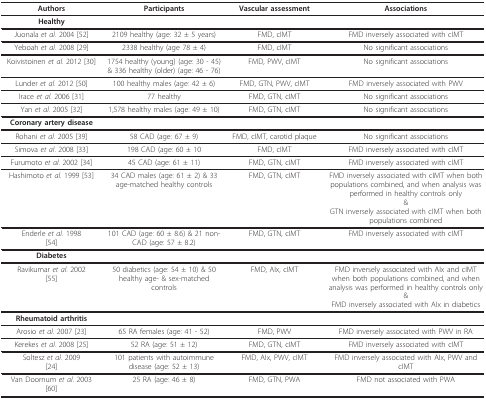
<table><thead><tr><td><b>Authors</b></td><td><b>Participants</b></td><td><b>Vascular assessment</b></td><td><b>Associations</b></td></tr></thead><tbody><tr><td><b>Healthy</b></td><td></td><td></td><td></td></tr><tr><td>Juonala <i>et al</i>. 2004 [52]</td><td>2109 healthy (age: 32 ± 5 years)</td><td>FMD, cIMT</td><td>FMD inversely associated with cIMT</td></tr><tr><td>Yeboah <i>et al</i>. 2008 [29]</td><td>2338 healthy (age 78 ± 4)</td><td>FMD, cIMT</td><td>No significant associations</td></tr><tr><td>Koivistoinen <i>et al</i>. 2012 [30]</td><td>1754 healthy (young) (age: 30 - 45) &amp; 336 healthy (older) (age: 46 - 76)</td><td>FMD, PWV, cIMT</td><td>No significant associations</td></tr><tr><td>Lunder <i>et al</i>. 2012 [50]</td><td>100 healthy males (age: 42 ± 6)</td><td>FMD, GTN, PWV, cIMT</td><td>FMD inversely associated with PWV</td></tr><tr><td>Irace <i>et al</i>. 2006 [31]</td><td>77 healthy</td><td>FMD, GTN, cIMT</td><td>No significant associations</td></tr><tr><td>Yan <i>et al</i>. 2005 [32]</td><td>1,578 healthy males (age: 49 ± 10)</td><td>FMD, GTN, cIMT</td><td>No significant associations</td></tr><tr><td><b>Coronary artery disease</b></td><td></td><td></td><td></td></tr><tr><td>Rohani <i>et al</i>. 2005 [39]</td><td>58 CAD (age: 67 ± 9)</td><td>FMD, cIMT, carotid plaque</td><td>No significant associations</td></tr><tr><td>Simova <i>et al</i>. 2008 [33]</td><td>198 CAD (age: 60 ± 10</td><td>FMD, cIMT</td><td>FMD inversely associated with cIMT</td></tr><tr><td>Furumoto <i>et al</i>. 2002 [34]</td><td>45 CAD (age: 61 ± 11)</td><td>FMD, GTN, cIMT</td><td>FMD inversely associated with cIMT</td></tr><tr><td>Hashimoto <i>et al</i>. 1999 [53]</td><td>34 CAD males (age: 61 ± 2) &amp; 33 age-matched healthy controls</td><td>FMD, GTN, cIMT</td><td>FMD inversely associated with cIMT when both populations combined, and when analysis was performed in healthy controls only&amp;GTN inversely associated with cIMT when both populations combined</td></tr><tr><td>Enderle <i>et al</i>. 1998[54]</td><td>101 CAD (age: 60 ± 8.6) &amp; 21 non-CAD (age: 57 ± 8.2)</td><td>FMD, GTN, cIMT</td><td>FMD inversely associated with cIMT</td></tr><tr><td><b>Diabetes</b></td><td></td><td></td><td></td></tr><tr><td>Ravikumar <i>et al</i>. 2002[55]</td><td>50 diabetics (age: 54 ± 10) &amp; 50 healthy age- &amp; sex-matched controls</td><td>FMD, AIx, cIMT</td><td>FMD inversely associated with AIx and cIMT when both populations combined, and when analysis was performed in healthy controls only&amp;FMD inversely associated with AIx in diabetics</td></tr><tr><td><b>Rheumatoid arthritis</b></td><td></td><td></td><td></td></tr><tr><td>Arosio <i>et al</i>. 2007 [23]</td><td>65 RA females (age: 41 - 52)</td><td>FMD, PWV</td><td>FMD inversely associated with PWV in RA</td></tr><tr><td>Kerekes <i>et al</i>. 2008 [25]</td><td>52 RA (age: 51 ± 12)</td><td>FMD, GTN, cIMT</td><td>FMD inversely associated with cIMT</td></tr><tr><td>Soltesz <i>et al</i>. 2009[24]</td><td>101 patients with autoimmune disease (age: 52 ± 13)</td><td>FMD, AIx, PWV, cIMT</td><td>FMD inversely associated with AIx, PWV and cIMT</td></tr><tr><td>Van Doornum <i>et al</i>. 2003[60]</td><td>25 RA (age: 46 ± 8)</td><td>FMD, GTN, PWA</td><td>FMD not associated with PWA</td></tr></tbody></table>